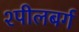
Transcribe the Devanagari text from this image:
श्पीलबर्ग